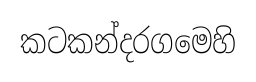
කටකන්දරගමෙහි